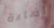
اضاءة